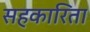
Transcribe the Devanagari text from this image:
सहकारिता